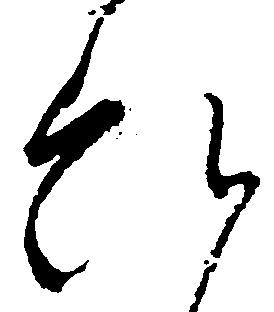
ひ